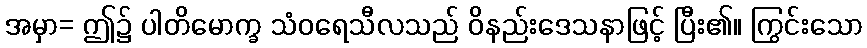
အမှာ= ဤ၌ ပါတိမောက္ခ သံဝရေသီလသည် ဝိနည်းဒေသနာဖြင့် ပြီး၏။ ကြွင်းသော